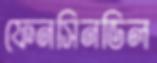
ফেনসিনডিল